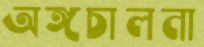
অঙ্গচালনা